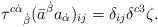
LaTeX: \begin{align*}\tau^{c\dot\alpha}{}_{\dot\beta}(\bar a^{\dot\beta}a_{\dot\alpha})_{ij}=\delta_{ij}\delta^{c3}\zeta.\end{align*}